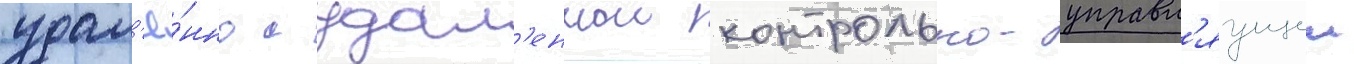
удал'ё́нно с удал'еннои контрольно-управл'яущеи